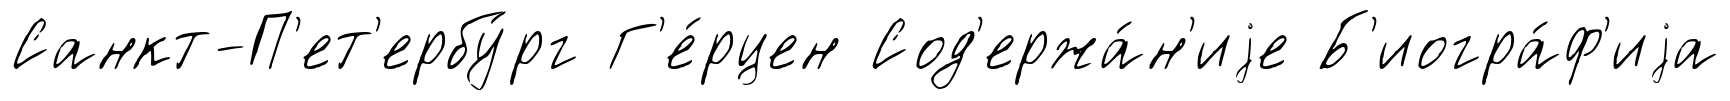
Санкт-П'ет'ербу́рг Г'е́рцен Сод'ержа́н'иjе Б'иогра́ф'иjа